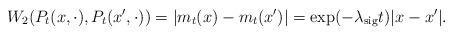
LaTeX: \begin{align*}W_{2}(P_{t}(x,\cdot),P_{t}(x^{\prime},\cdot))=|m_{t}(x)-m_{t}(x^{\prime})|=\exp(-\lambda_{\mathrm{sig}}t)|x-x^{\prime}|.\end{align*}